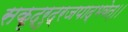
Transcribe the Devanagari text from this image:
सकृद्रुद्रजपाद्भवेत्।।